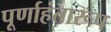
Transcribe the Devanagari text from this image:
पूर्णाहंतारूप